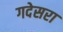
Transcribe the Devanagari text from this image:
गदेसरा